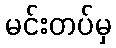
မင်းတပ်မှ